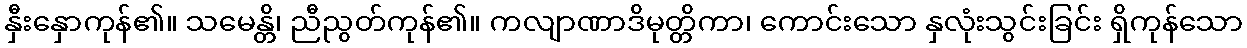
နှီးနှောကုန်၏။ သမေန္တိ၊ ညီညွတ်ကုန်၏။ ကလျာဏာဒိမုတ္တိကာ၊ ကောင်းသော နှလုံးသွင်းခြင်း ရှိကုန်သော